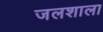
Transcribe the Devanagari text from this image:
जलशाला